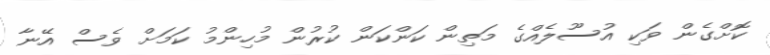
ކޮށްގެން ވަކި އުސޫލެއްގެ މަތިން ކަންކަން ކުރުން މުހިންމު ކަމަށް ވެސް އޭނާ